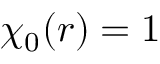
\chi _ { 0 } ( r ) = 1